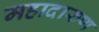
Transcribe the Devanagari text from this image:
महादारुण